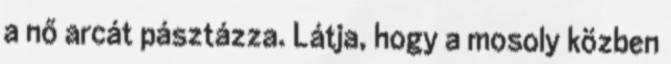
a nő arcát pásztázza. Látja, hogy a mosoly közben